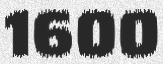
1600